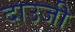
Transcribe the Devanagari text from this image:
दाउजी